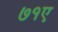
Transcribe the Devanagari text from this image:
७१ए